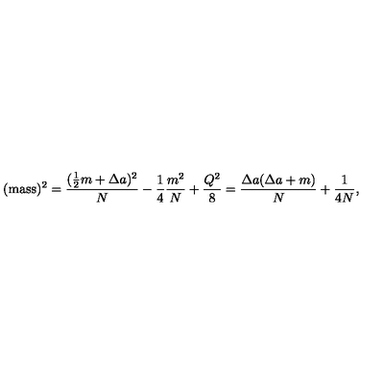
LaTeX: ( \mathrm { m a s s } ) ^ { 2 } = { \frac { ( \frac { 1 } { 2 } m + \Delta a ) ^ { 2 } } { N } } - \frac { 1 } { 4 } { \frac { m ^ { 2 } } { N } } + \frac { Q ^ { 2 } } { 8 } = { \frac { \Delta a ( \Delta a + m ) } { N } } + \frac { 1 } { 4 N } ,